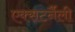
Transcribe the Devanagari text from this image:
एक्सटर्नैली